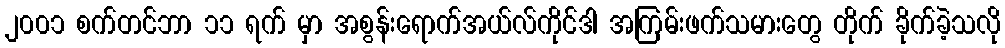
၂၀၀၁ စက်တင်ဘာ ၁၁ ရက် မှာ အစွန်းရောက်အယ်လ်ကိုင်ဒါ အကြမ်းဖက်သမားတွေ တိုက် ခိုက်ခဲ့သလို